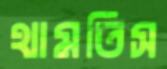
থামতিস